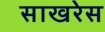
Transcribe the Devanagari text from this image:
साखरेस